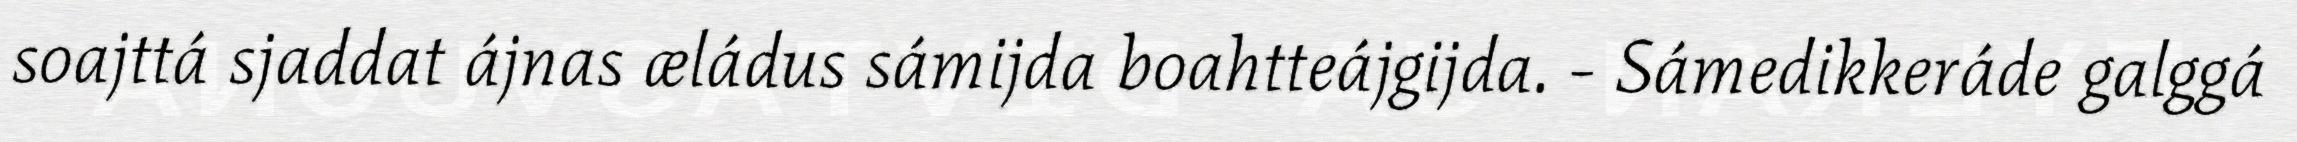
soajttá sjaddat ájnas æládus sámijda boahtteájgijda. - Sámedikkeráde galggá